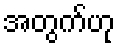
အတွက်ဟု